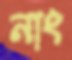
নাং